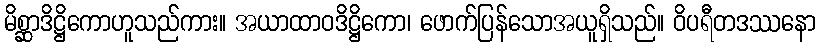
မိစ္ဆာဒိဋ္ဌိကောဟူသည်ကား။ အယာထာဝဒိဋ္ဌိကော၊ ဖောက်ပြန်သောအယူရှိသည်။ ဝိပရီတဒဿနော